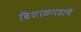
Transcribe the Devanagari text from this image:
विशाळगडाचे